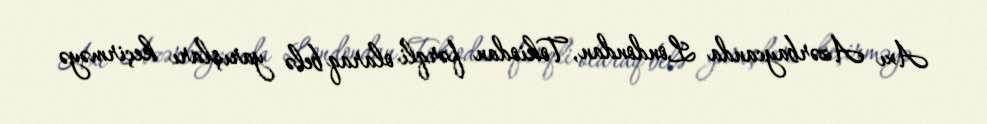
Axı Azərbaycanda Londondan, Tokiodan fərqli olaraq belə yarışları keçirməyə